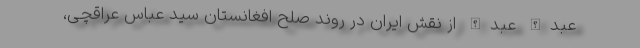
عبدالله عبدالله از نقش ایران در روند صلح افغانستان سید عباس عراقچی،